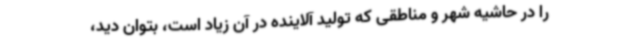
را در حاشیه شهر و مناطقی که تولید آلاینده در آن زیاد است، بتوان دید،